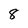
Character: 8